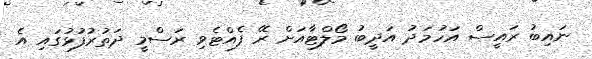
ނައިބު ރައީސް އަހުމަދު އަދީބު މޯލްޓާއަށް ރޭ ފެއްޓެވި ރަސްމީ ދަތުރުފުޅުގައި އެ